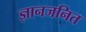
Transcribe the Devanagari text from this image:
ज्ञानजनित